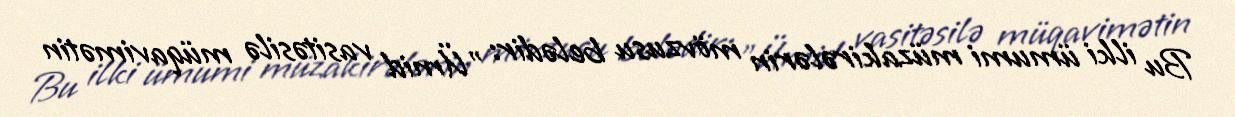
Bu ilki ümumi müzakirələrin mövzusu belədir: "Ümid vasitəsilə müqavimətin